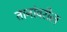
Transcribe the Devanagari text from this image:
तानांवरील